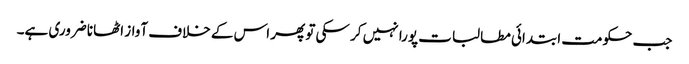
جب حکومت ابتدائی مطالبات پورا نہیں کر سکی تو پھر اس کے خلاف آواز اٹھانا ضروری ہے۔